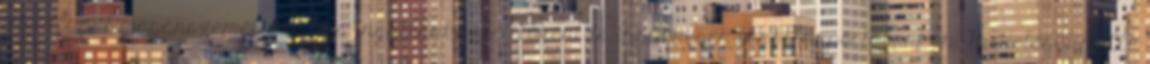
ingatlanát magánszemélyként és ingatlanközvetítőként is ingyenesen ingatlanportálunkon. Hirdetései mellé